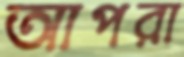
আপরা